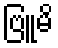
ဗြူမိ